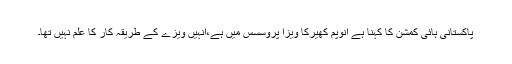
پاکستانی ہائی کمشن کا کہنا ہے انوپم کھیرکا ویزا پروسسس میں ہے،انہیں ویزے کے طریقہ کار کا علم نہیں تھا۔